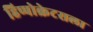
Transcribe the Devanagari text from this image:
हिप्पोक्रेटसला